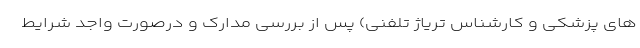
های پزشکی و کارشناس تریاژ تلفنی) پس از بررسی مدارک و درصورت واجد شرایط